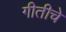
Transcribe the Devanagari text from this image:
गीतीचे